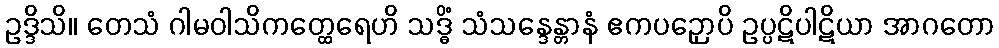
ဥဒ္ဒိသိ။ တေသံ ဂါမဝါသိကတ္ထေရေဟိ သဒ္ဓိံ သံသန္ဒေန္တာနံ ဧကပဉှောပိ ဥပ္ပဋိပါဋိယာ အာဂတော